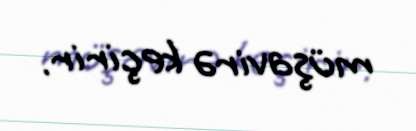
müşavirə keçirir.